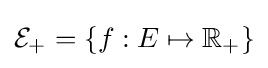
{\mathcal {E}}_{+}=\{f:E\mapsto \mathbb {R} _{+}\}